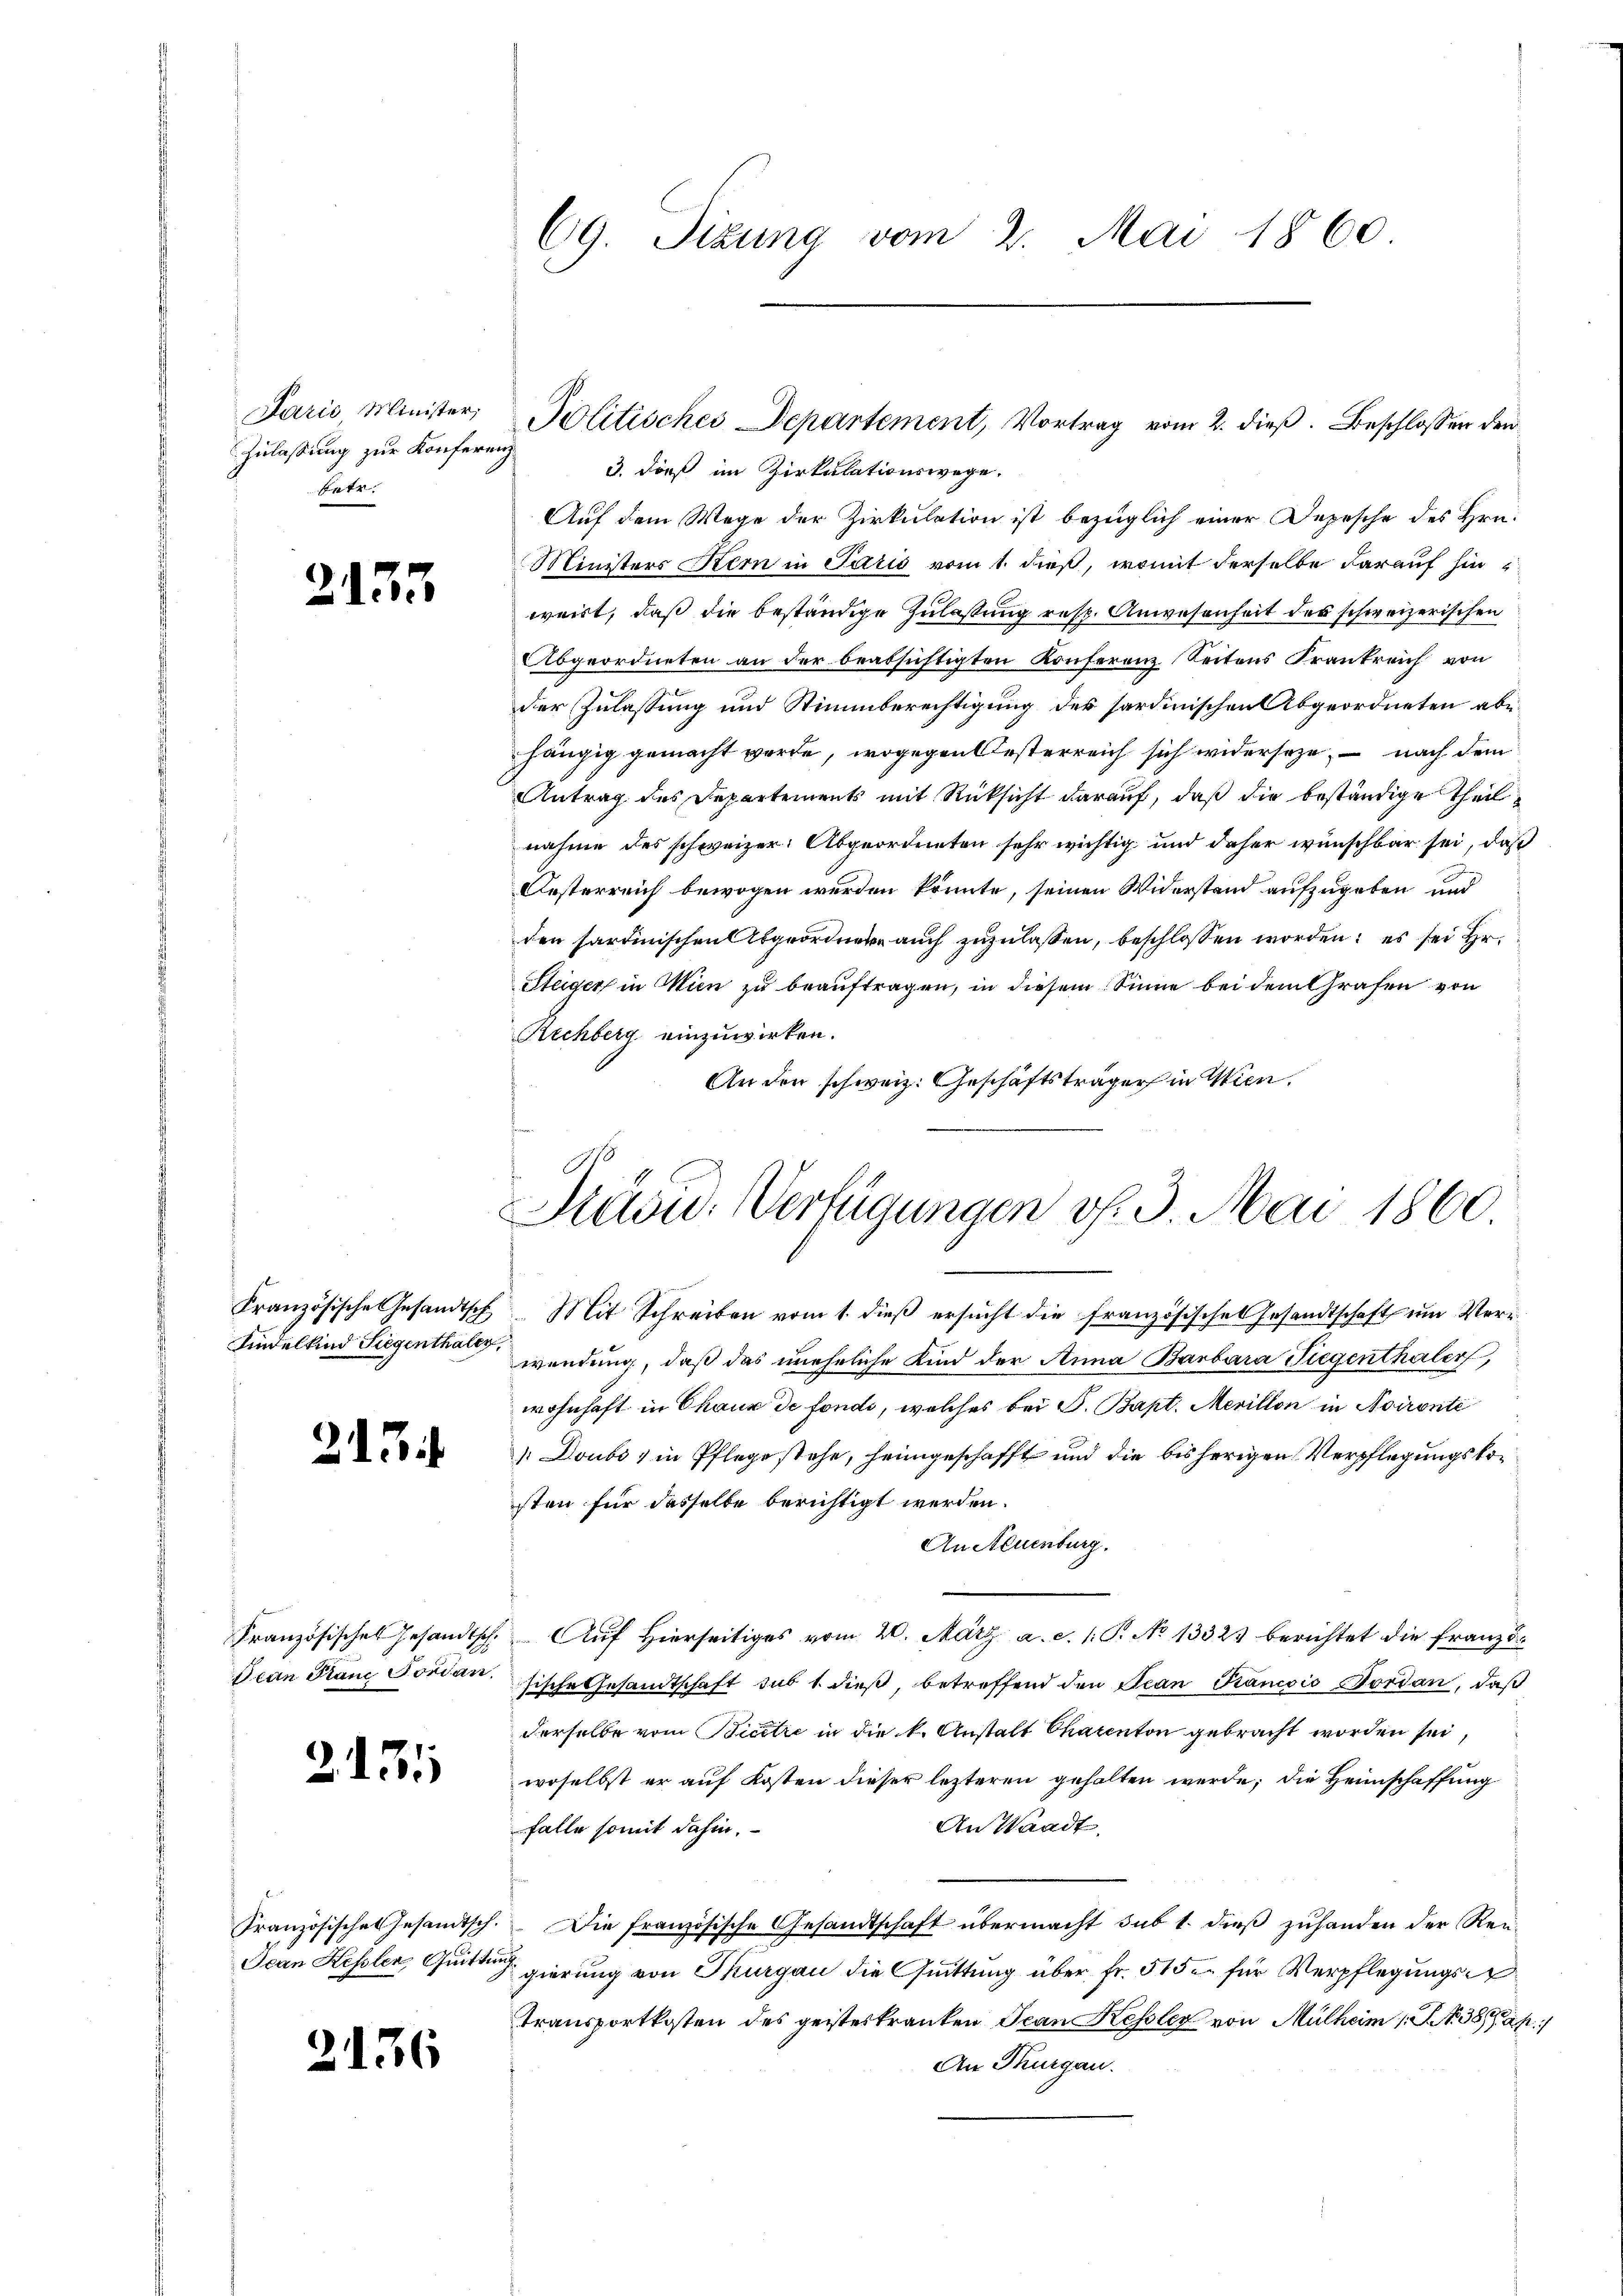
Paris Minister,
Zulassung zur Konfere
betr.

2137

Kranzösische Gesandtsch
Findelkind Siegenthaler

213

Französisches Gesandtsch.
Jean Prand vorden.

2. 1311

Französisches Gesandtsch
Ican Kehlen, Quitt

2136

69. Sizung vom 2. Mai 1860

Politisches Departement, Vortrag vom 2. dieß. Beschlossen den
i
3. daß im Zirkulationswege,
Auf dem Wege der Zirkulation ist bezüglich einer Depesche des Hrn.
Ministers Kern in Paris vom 1. dieß, womit derselbe darauf hin
weirt, daß die beständige Zulassung resp. Anwesenheit des schweizerischen
Abgeordneten an der beabsichtigten Konferenz Seitens Frankreich von
der Zulassung und Stimmberechtigung des sardinischen Abgeordneten abehängig gemacht werde, wogegen Oesterreich sich widerseze, – nach dem
Antrag des Departements mit Rücksicht darauf, daß die beständige Theilnahme des schweizer Abgeordneten sehr wichtig und daher wünschbar sei, daß
Oesterreich bewogen werden könnte, seinen Widerstand aufzugeben und
den sardinischen Abgeordnete auch zuzulassen, beschlossen worden; es sei Hr.
Steiger in Wien zu beauftragen, in diesem Sinne bei dem Grafen von
Richberg einzuwirken.
An den schweiz. Geschäftsträger in Wien.

Präsid. Verfügungen v. 3. Mai 1860

Mit Schreiben vom 1. dieß ersucht die Französisches Gesandtschaft um Verwendung, daß das uneheliche Kind der Anna Barbara Tiegenthaler,
wohnhaft in Chaux de fonde, welches bei S. Bapt. Mevillon in Aironté
 Doubs ) in Pflegestehe, heimgeschafft und die bisherigen Verpflegungskosten für dasselbe berichtigt werden.
An Neuenburg.
" Auf Hierseitiges vom 20. März a. c. 1: P. No 13323 berichtet die französische Gesandtschaft sub 1 dieß betreffend den Jean Kanović Nordan, daß
derselbe vom Licitre in die k. Anstalt Chacenton gebracht worden sei,
woselbst er auf Kosten dieser lezteren gehalten werde; die Heimschaffung
An Waadt.
falle somit dahin.
 Die französische Gesandtschaft übermacht sub 1. dieß zuhanden der Ren¬
u
gierung von Thurgau die Quittung über fr. 315 u. für Verpflegungs
Transportkosten des geisterkranken Jean Kessler von Mülheim (S. 389
An Thurgau.